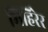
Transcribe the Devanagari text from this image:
मिहिरेर